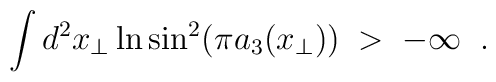
\int d^2 x_\perp \ln \sin^2(\pi a_3(x_\perp))\;>\;-\infty\;\;.